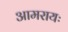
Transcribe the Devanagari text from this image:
आमरायः